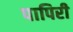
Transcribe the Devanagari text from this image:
पापिरी